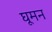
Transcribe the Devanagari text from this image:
घूमन